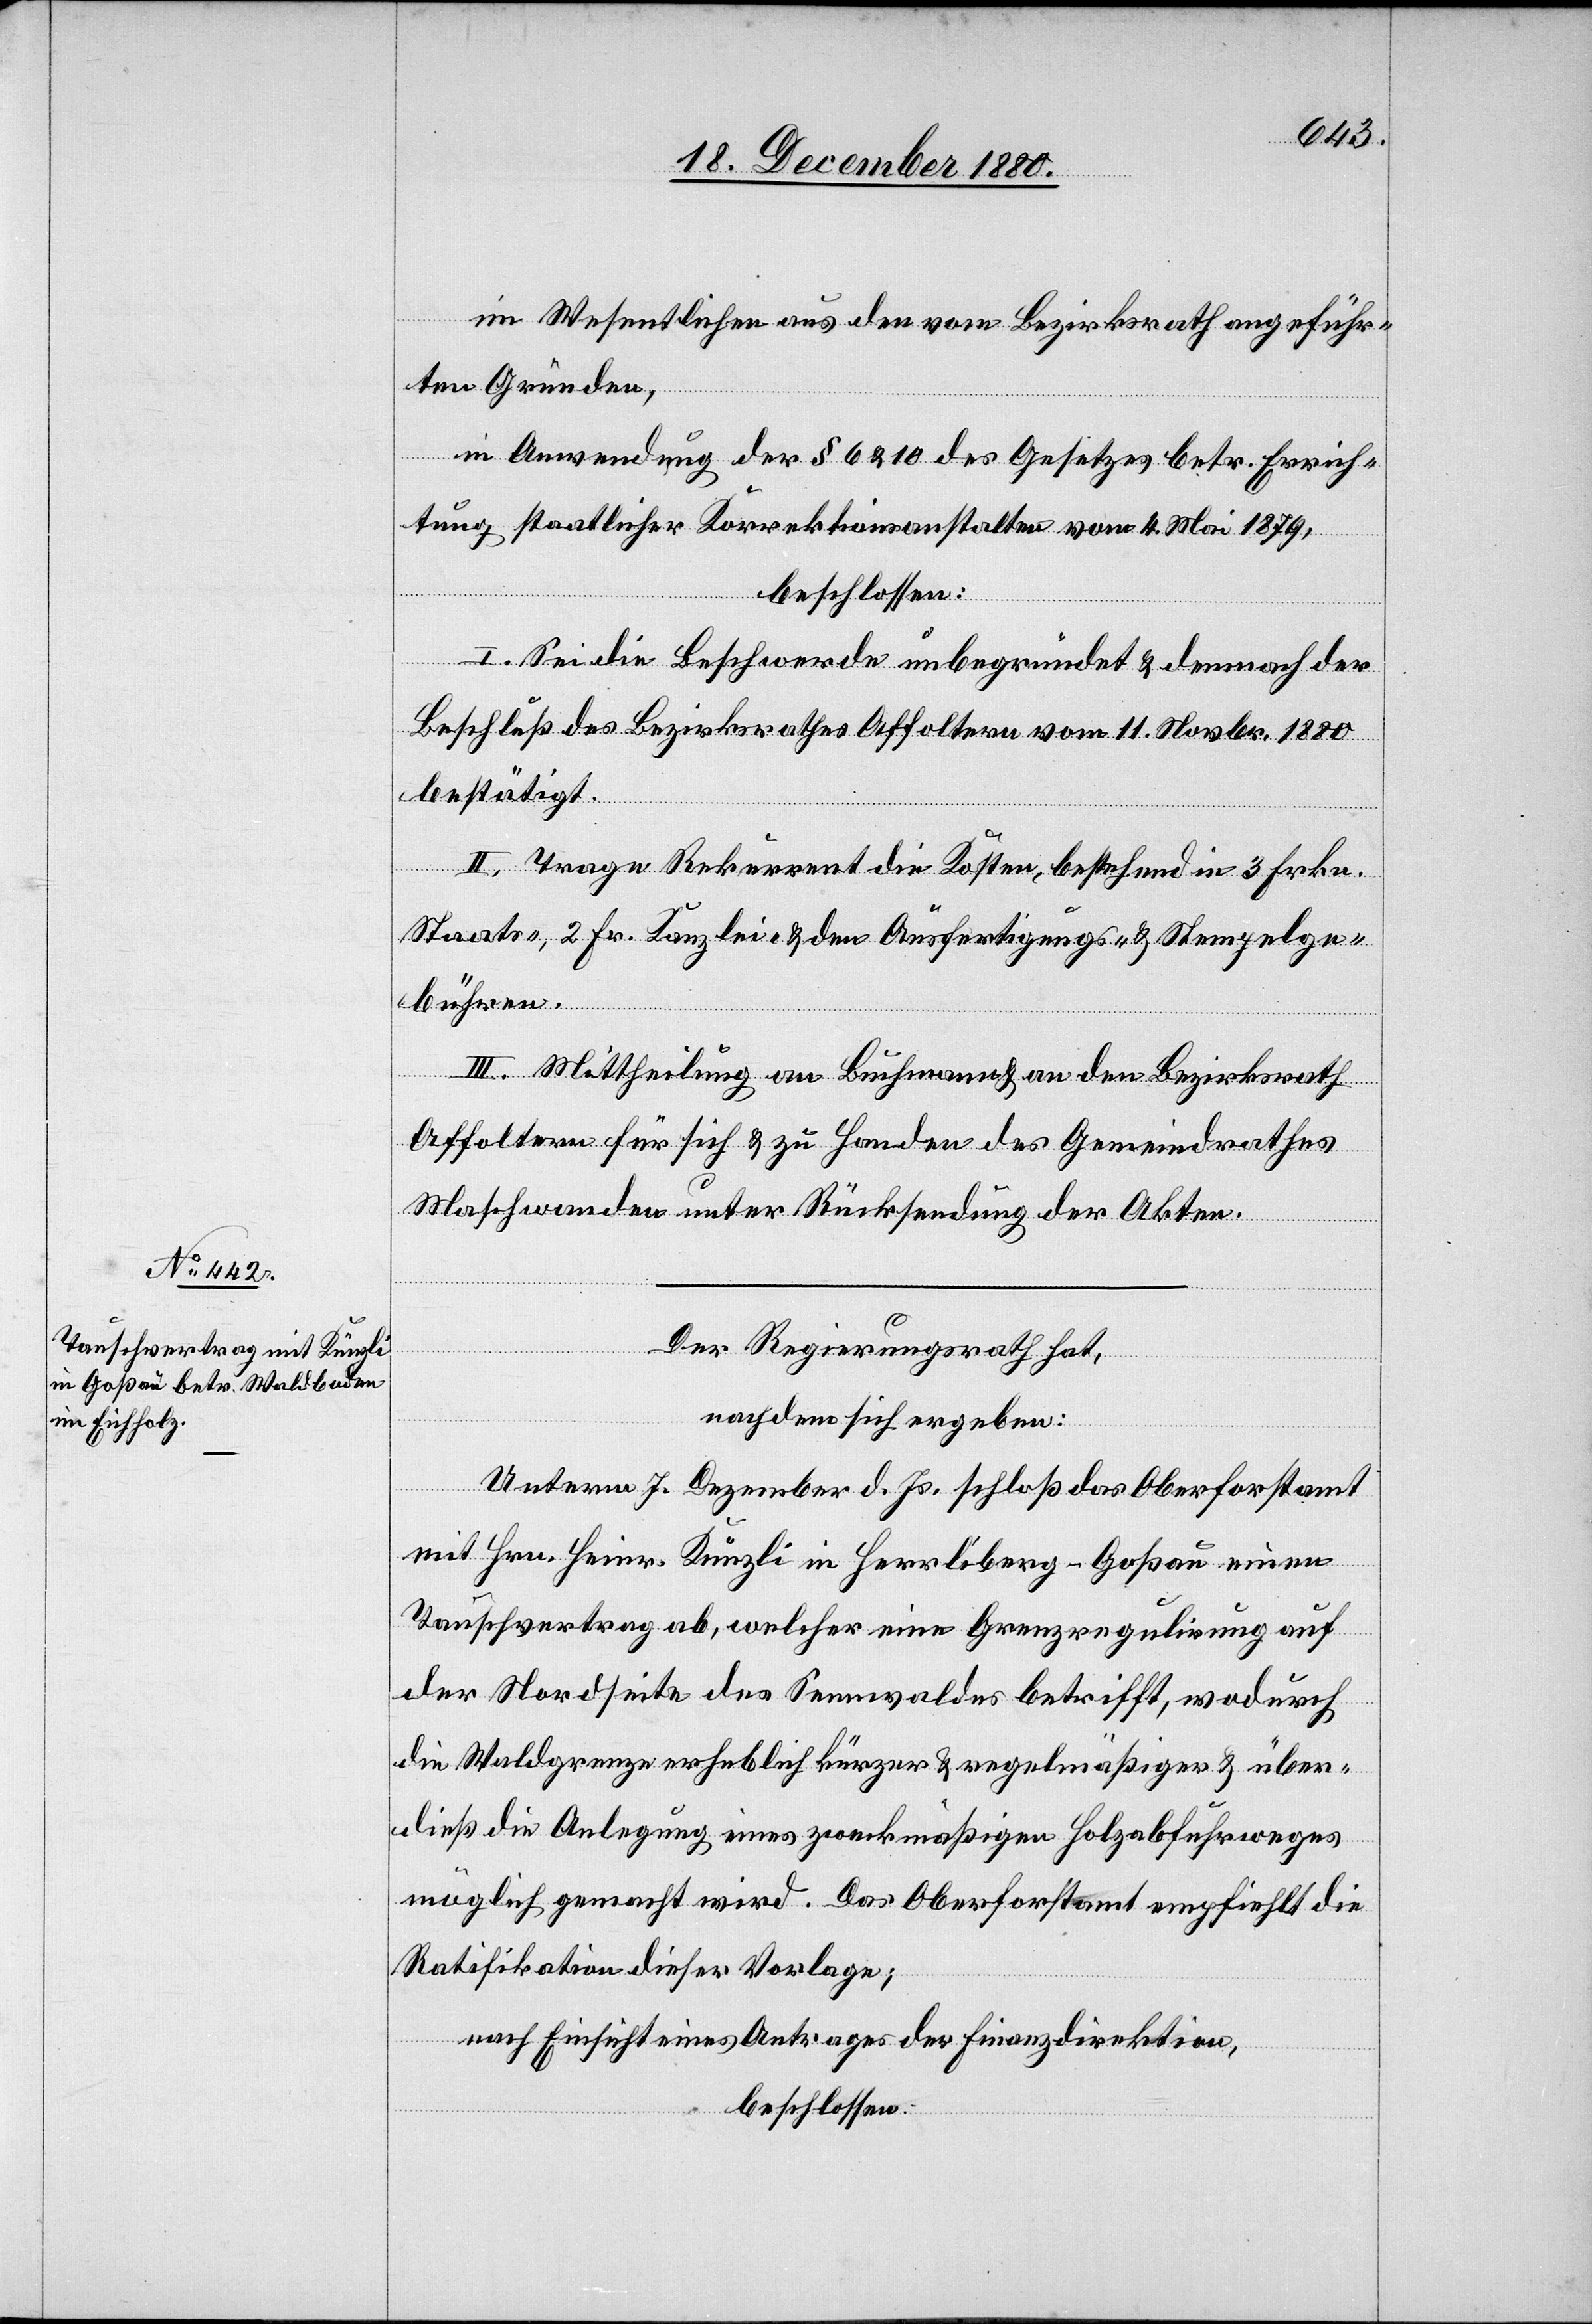
im Wesentlichen aus den vom Bezirksrath angeführ¬
ten Gründen,
in Anwendung der § 6 & 10 des Gesetzes betr. Errich¬
tung staatlicher Korrektionsanstalten vom 4. Mai 1879,
beschlossen:
I. Sei die Beschwerde unbegründet & demnach der
Beschluß des Bezirksrathes Affoltern vom 11. Novbr. 1880
bestätigt.
II. Trage Rekurrent die Kosten, bestehend in 3 Frkn.
Staats-, 2 Fr. Kanzlei- & den Ausfertigungs- & Stempelge¬
bühren.
III. Mittheilung an Buchmann & an den Bezirksrath
Affoltern für sich & zu Handen des Gemeindrathes
Maschwanden unter Rücksendung der Akten.
Der Regierungsrath hat,
nachdem sich ergeben:
Unterm 7. Dezember d. Js. schloß das Oberforstamt
mit Hrn. Heinr. Künzli in Herrliberg - Goßau einen
Tauschvertrag ab, welcher eine Grenzregulirung auf
der Nordseite des Sennwaldes betrifft, wodurch
die Waldgrenze erheblich kürzer & regelmäßiger & über¬
dieß die Anlegung eines zweckmäßigen Holzabfuhrweges
möglich gemacht wird. Das Oberforstamt empfiehlt die
Ratifikation dieser Vorlage;
nach Einsicht eines Antrages der Finanzdirektion,
beschlossen: